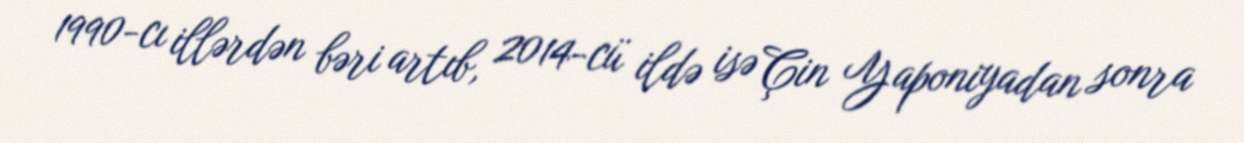
1990-cı illərdən bəri artıb, 2014-cü ildə isə Çin Yaponiyadan sonra